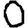
Digit: 0